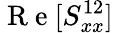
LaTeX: \mathrm{~R~e~}[S_{xx}^{12}]